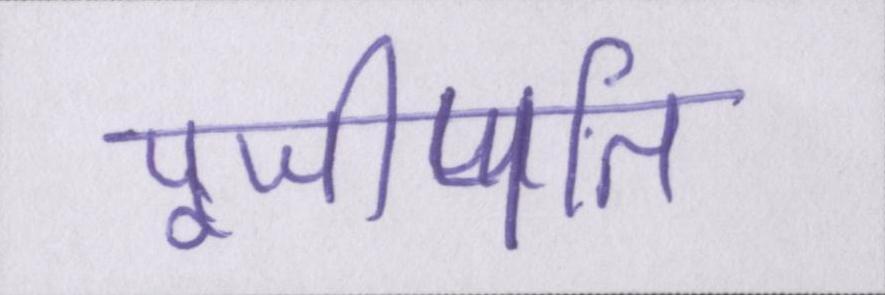
पूजीपति